Annual report on the working of the mental hospitals in the Madras Presidency - 1912-1932
Year: 1912
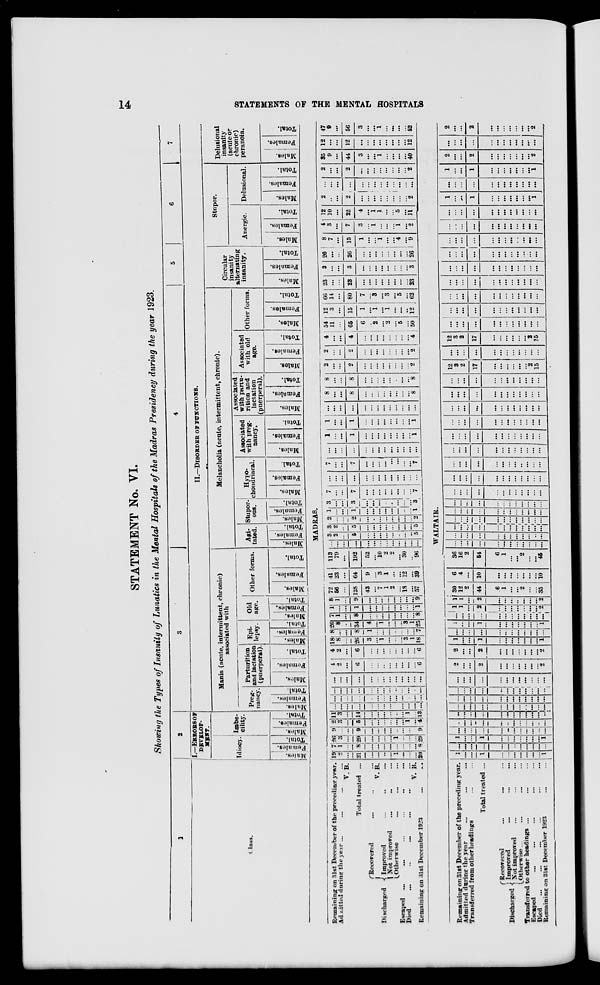
14
STATEMENTS OF THE MENTAL HOSPITALS
STATEMENT No. VI.
Showing the Types of Insanity of Lunatics in the Mental Hospitals of the Madras Presidency during the year 1923.
1
Class.
2
I.—ERRORS OF
DEVELOP-
MENT.
Idiocy.
Males.
Females. Total.
Imbe-
cility.
Males.
Females.
Total.
3
4
5
6
7
II.—DISORDER OF FUNCTIONS.
Mania (acute, intermittent, chronic)
associated with
Preg-
nancy.
Males.
Females.
Total.
Parturition
and lactation
(puerperal).
Males. Females.
Total.
Epi -
lepsy.
Males. Females.
Total.
Old
age.
Males. Females.
Total.
Other forms.
Males.
Females. Total.
Melancholia (acute, intermittent, chronic).
Agi -
tated.
Males.
Females.
Total.
Stupor-
ous.
Males. Females.
Total.
Hypo-
chondriacal.
Males.
Females. Total.
Associated
with preg-
nancy.
Males.
Females.
Total.
Associated
with partu-
rition and
lactation
(puerperal).
Males. Females.
Total.
Associated
with old
age.
Males.
Females.
Total.
Other forms.
Males.
Females.
Total.
Circular
insanity
alternating
insanity.
Males.
Females. Total.
Stupor.
Anergic.
Males.
Females.
Total.
Delusional.
Males.
Females. Total.
Delusional
insanity
(acute or
chronic)
peranoia.
Males.
Females. Total.
MADRAS.
Remaining on 31st December of the preceding year.
Admitted during the year ... ... ... ...
V. B.
Total treated ...
Discharged
Recovered ... ... ...
V. B.
Improved ... ... ...
Not improved ... ... ...
Otherwise ... ... ...
Escaped ... ... ... ... ... ...
Died ... ... ... ... ... ...
V. B.
Remaining on 31st December 1923 ... ...
19
2
...
21
...
...
...
...
1
...
...
...
20
7
1
...
8
...
...
...
...
...
...
...
...
8
26
3
...
29
...
...
...
...
1
...
...
...
29
9
...
...
9
...
...
...
...
...
...
...
...
9
2
3
...
5
...
...
...
...
...
...
1
...
4
11
3
...
14
...
...
...
...
...
...
1
...
13
...
...
...
...
...
...
...
...
...
...
...
...
...
...
...
...
...
...
...
...
...
...
...
...
...
...
...
...
...
...
...
...
...
...
...
...
...
...
...
...
...
...
...
...
...
...
...
...
...
...
...
...
4
2
...
6
...
...
...
...
...
...
...
...
6
4
2
...
6
...
...
...
...
...
...
...
...
6
18
8
...
26
3
... ...
...
...
...
3
1
18
8
...
...
8
1
...
...
...
...
...
...
...
7
26
8
...
34
4
... ...
...
...
...
3
1
25
7
1
...
8
...
...
...
...
...
...
...
...
8
1
...
...
1
...
...
...
...
...
...
...
...
1
8
1
...
9
...
...
...
...
...
...
...
...
9
72
56
...
128
43
... 7
1
2
...
18
...
57
41
23
...
64
9
...
3
1
...
...
12
...
39
113
79
...
192
52
... 10
2
2
...
30
...
96
...
...
...
...
...
...
...
...
...
...
...
...
...
3
2
...
5
...
...
...
...
...
...
...
...
5
3
2
...
5
...
...
...
...
...
...
...
...
5
2
...
...
2
...
...
...
...
...
...
...
...
2
1
...
...
1
...
... ...
...
...
...
...
...
1
3
...
...
3
...
... ...
...
...
...
...
...
3
7
...
...
7
...
...
...
...
...
...
...
...
7
...
...
...
...
...
...
...
...
...
...
...
...
...
7
...
...
7
...
...
...
...
...
...
...
...
7
...
...
...
...
...
...
...
...
...
...
...
...
...
1
...
...
1
...
...
...
...
...
...
...
...
1
1
...
...
1
...
...
...
...
...
...
...
...
1
...
...
...
...
...
...
...
...
...
...
...
...
...
8
...
...
8
...
...
...
...
...
...
...
...
8
8
...
...
8
...
...
...
...
...
...
...
...
8
2
...
...
2
...
...
...
...
...
...
...
...
2
2
...
...
2
...
...
...
...
...
...
...
...
2
4
...
...
4
...
...
...
...
...
...
...
...
4
54
11
...
65
6
... 2
...
2
...
5
...
50
12
3
...
15
1
... 1
...
1
...
...
...
12
66
14
...
80
7
... 3
...
3
...
5
...
62
23
...
...
23
...
...
...
...
...
...
...
...
23
3
...
...
3
...
...
...
...
...
...
...
...
3
26
...
...
26
...
...
...
...
...
...
...
...
26
8
7
...
15
1
...
...
1
...
...
4
...
9
4
3
...
7
3
... 1
...
...
...
1
...
2
12
10
...
22
4
... 1
1
...
5
...
11
2
...
...
2
...
...
...
...
...
...
...
...
2
...
...
...
...
...
...
...
...
...
...
...
...
...
2
...
...
2
...
...
...
...
...
...
...
...
2
35
9
...
44
3
...
...
1
...
...
...
...
40
12
...
...
12
...
...
...
...
...
...
...
...
12
47
9
...
56
3
...
...
1
...
...
...
...
52
WALTAIR.
Remaining on 31st December of the preceding year.
Admitted during the year ... ... ...
Transferred from other headings ... ...
Total treated ...
Discharged
Recovered ... ... ...
Improved ... ... ...
Not improved ... ... ...
Otherwise ... ... ...
Transferred to other headings ... ... ...
Escaped ... ... ... ... ...
Died ... ... ... ... ... ...
Remaining on 31st December 1923 ... ...
1
...
...
1
...
...
...
...
...
...
...
1
...
...
...
...
...
...
...
...
...
...
...
...
1
...
...
1
...
...
...
...
...
...
...
1
...
...
...
...
...
...
...
...
...
...
...
...
...
...
...
...
...
...
...
...
...
...
...
...
...
...
...
...
...
...
...
...
...
...
...
...
...
...
...
...
...
...
...
...
...
...
...
...
...
...
...
...
...
...
...
...
...
...
...
...
...
...
...
...
...
...
...
...
...
...
...
...
...
...
...
...
...
...
...
...
...
...
...
...
2
...
...
2
...
...
...
...
...
...
...
2
2
...
...
2
...
...
...
...
...
...
...
2
1
...
...
1
...
...
...
...
...
...
...
1
...
...
...
...
...
...
...
...
...
...
...
...
1
...
...
1
...
...
...
...
...
...
...
1
...
...
...
...
...
...
...
...
...
...
...
...
1
1
...
2
...
...
...
...
...
...
...
2
1
1
...
2
...
...
...
...
...
...
...
2
30
12
2
44
6
1
...
...
2
...
...
35
6
4
...
10
...
...
...
...
...
...
...
10
36
16
2
54
6
1
...
...
2
...
...
45
...
...
...
...
...
...
...
...
...
...
...
...
...
...
...
...
...
...
...
...
...
...
...
...
...
...
...
...
...
...
...
...
...
...
...
...
...
...
...
...
...
...
...
...
...
...
...
...
...
...
...
...
...
...
...
...
...
...
...
...
...
...
...
...
...
...
...
...
...
...
...
...
...
...
...
...
...
...
...
...
...
...
...
...
...
...
...
...
...
...
...
...
...
...
...
...
...
...
...
...
...
...
...
...
...
...
...
...
...
...
...
...
...
...
...
...
...
...
...
...
...
...
...
...
...
...
...
...
...
...
...
...
...
...
...
...
...
...
...
...
...
...
...
...
...
...
...
...
...
...
...
...
...
...
...
...
...
...
...
...
...
...
...
...
...
...
...
...
...
...
...
...
...
...
...
...
...
...
...
...
12
3
2
17
...
...
...
...
...
...
2
15
...
...
...
...
...
...
...
...
...
...
...
...
12
3
2
17
...
...
...
...
...
...
2
15
...
...
...
...
...
...
...
...
...
...
...
...
...
...
...
...
...
...
...
...
...
...
...
...
...
...
...
...
...
...
...
...
...
...
...
...
...
...
...
...
...
...
...
...
...
...
...
...
...
...
...
...
...
...
...
...
...
...
...
...
...
...
...
...
...
...
...
...
...
...
...
...
...
...
...
...
...
...
...
...
...
...
...
...
...
...
...
...
...
...
...
...
...
...
...
...
...
...
...
...
...
...
...
...
...
...
...
...
1
...
...
1
...
...
...
...
...
...
...
1
...
...
...
...
...
...
...
...
...
...
...
...
1
...
...
1
...
...
...
...
...
...
...
1
2
...
...
2
...
...
...
...
...
...
...
2
...
...
...
...
...
...
...
...
...
...
...
...
2
...
...
2
...
...
...
...
...
...
...
2